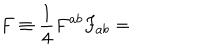
LaTeX: F \equiv \frac { 1 } { 4 } F ^ { a b } F _ { a b } =